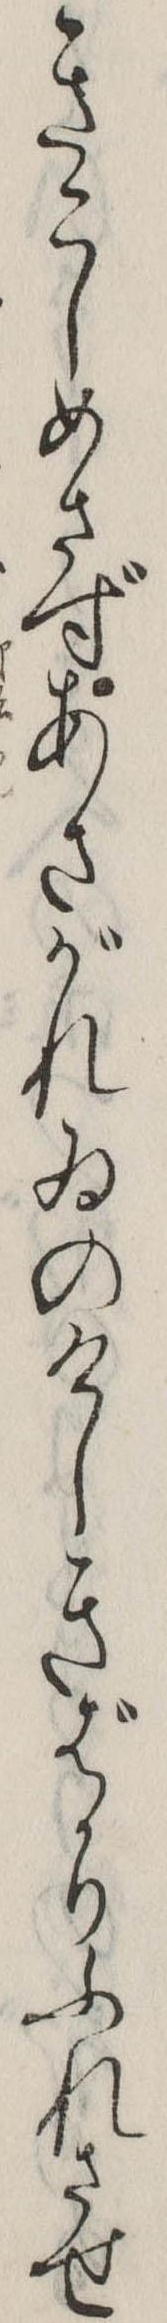
きこしめさずあさがれゐのけしきばかりふれさせ